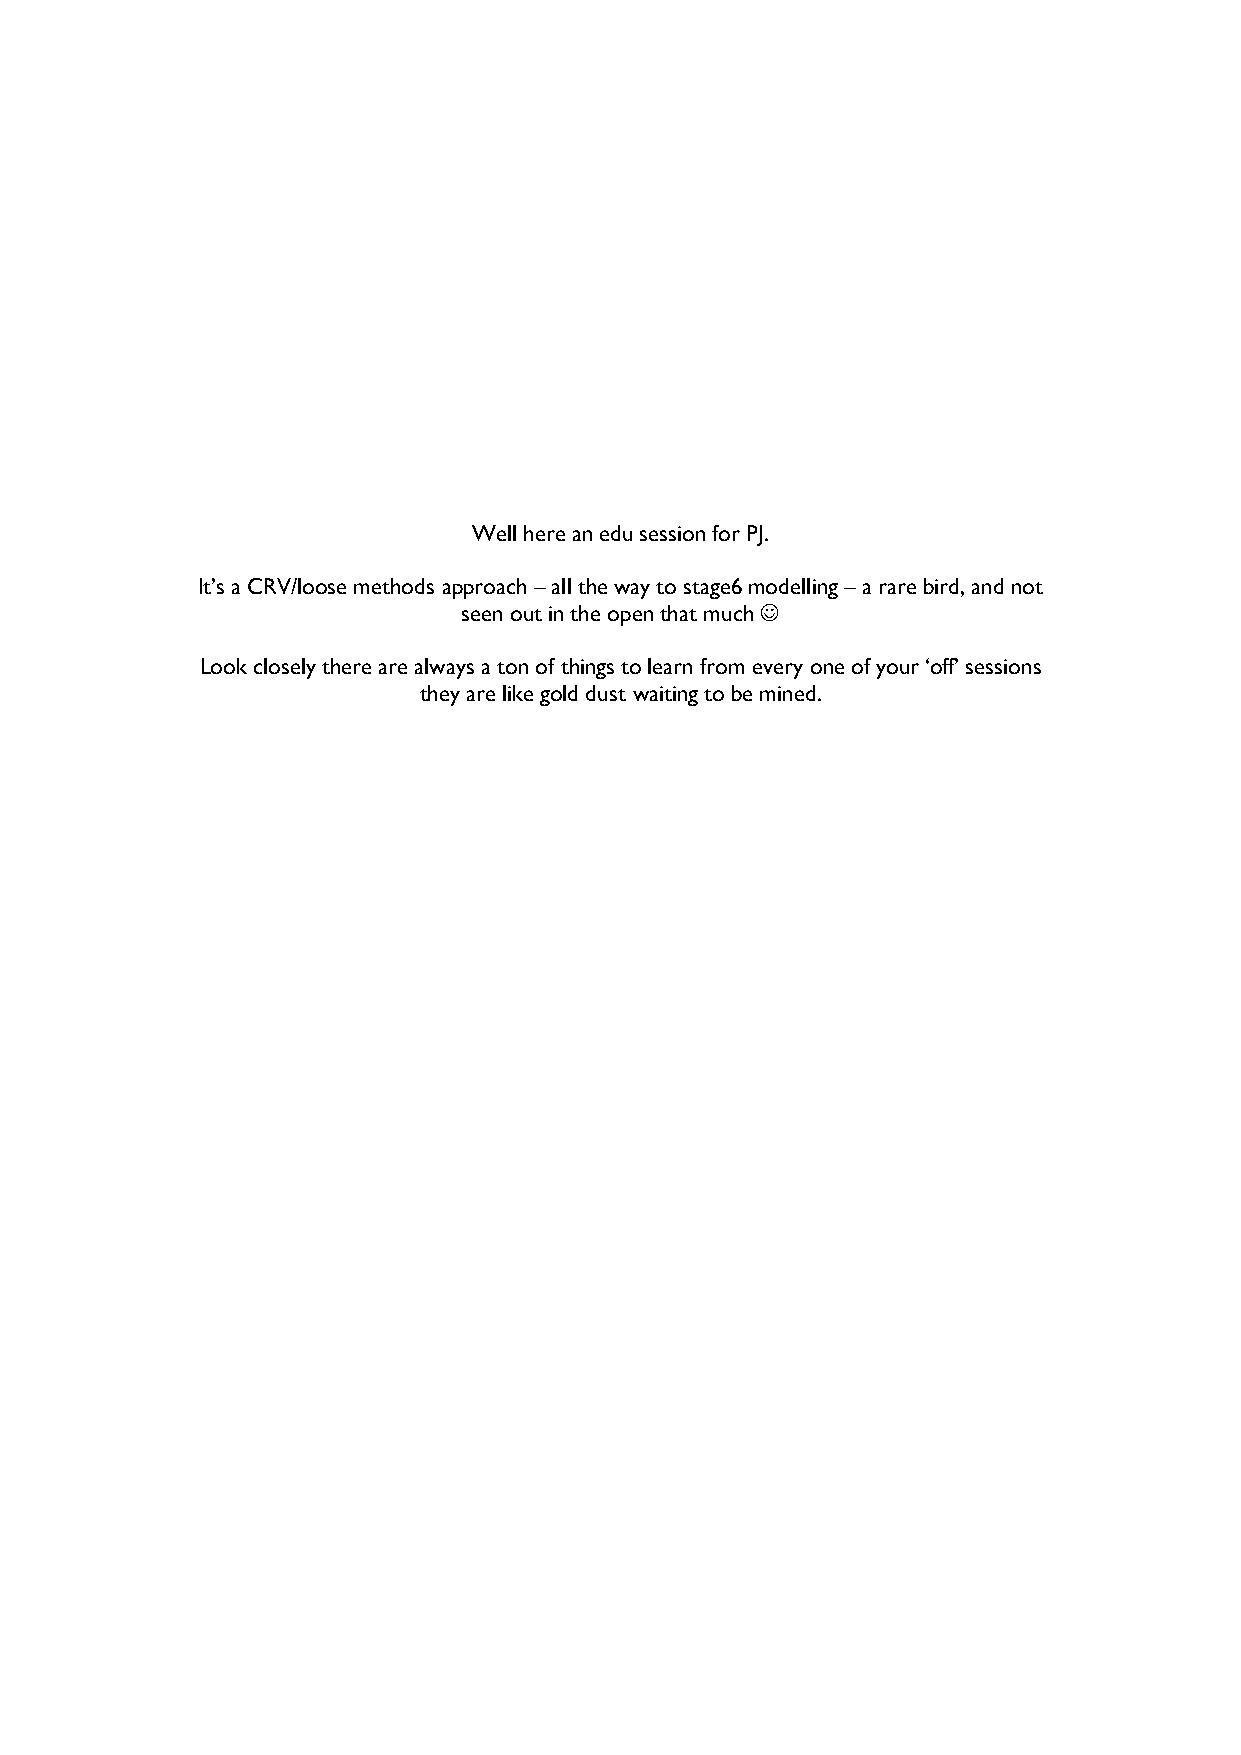
Well here an edu session for PJ.
 It’s a CRV/loose methods approach – all the way to stage6 modelling – a rare bird, and not
 seen out in the open that much ☺
 Look closely there are always a ton of things to learn from every one of your ‘off’ sessions
 they are like gold dust waiting to be mined.